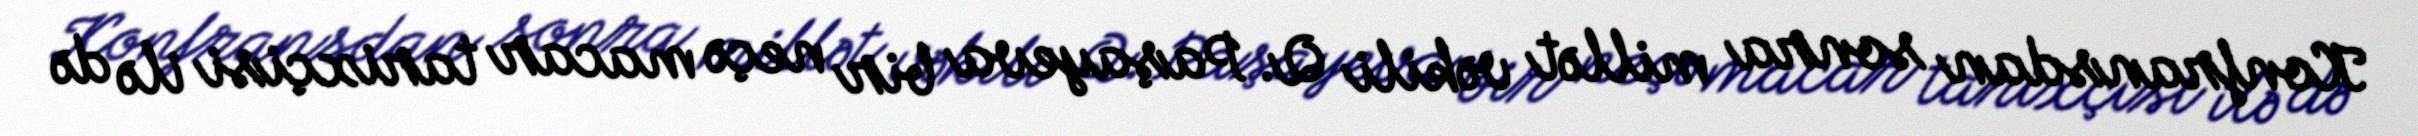
Konfransdan sonra millət vəkili Q. Paşayeva bir neçə macar tarixçisi ilə də